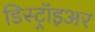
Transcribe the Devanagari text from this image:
डिस्ट्रॉइअर